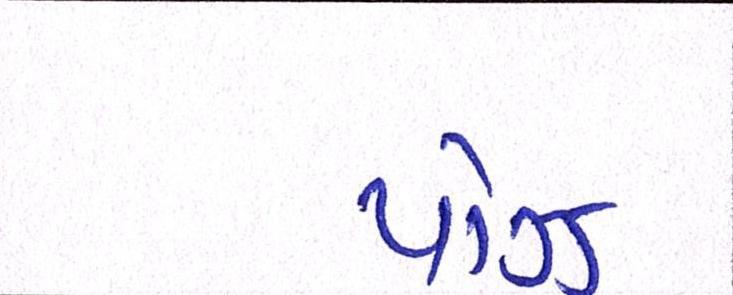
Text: પૉઝ